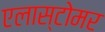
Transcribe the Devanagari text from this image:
एलास्टोमर